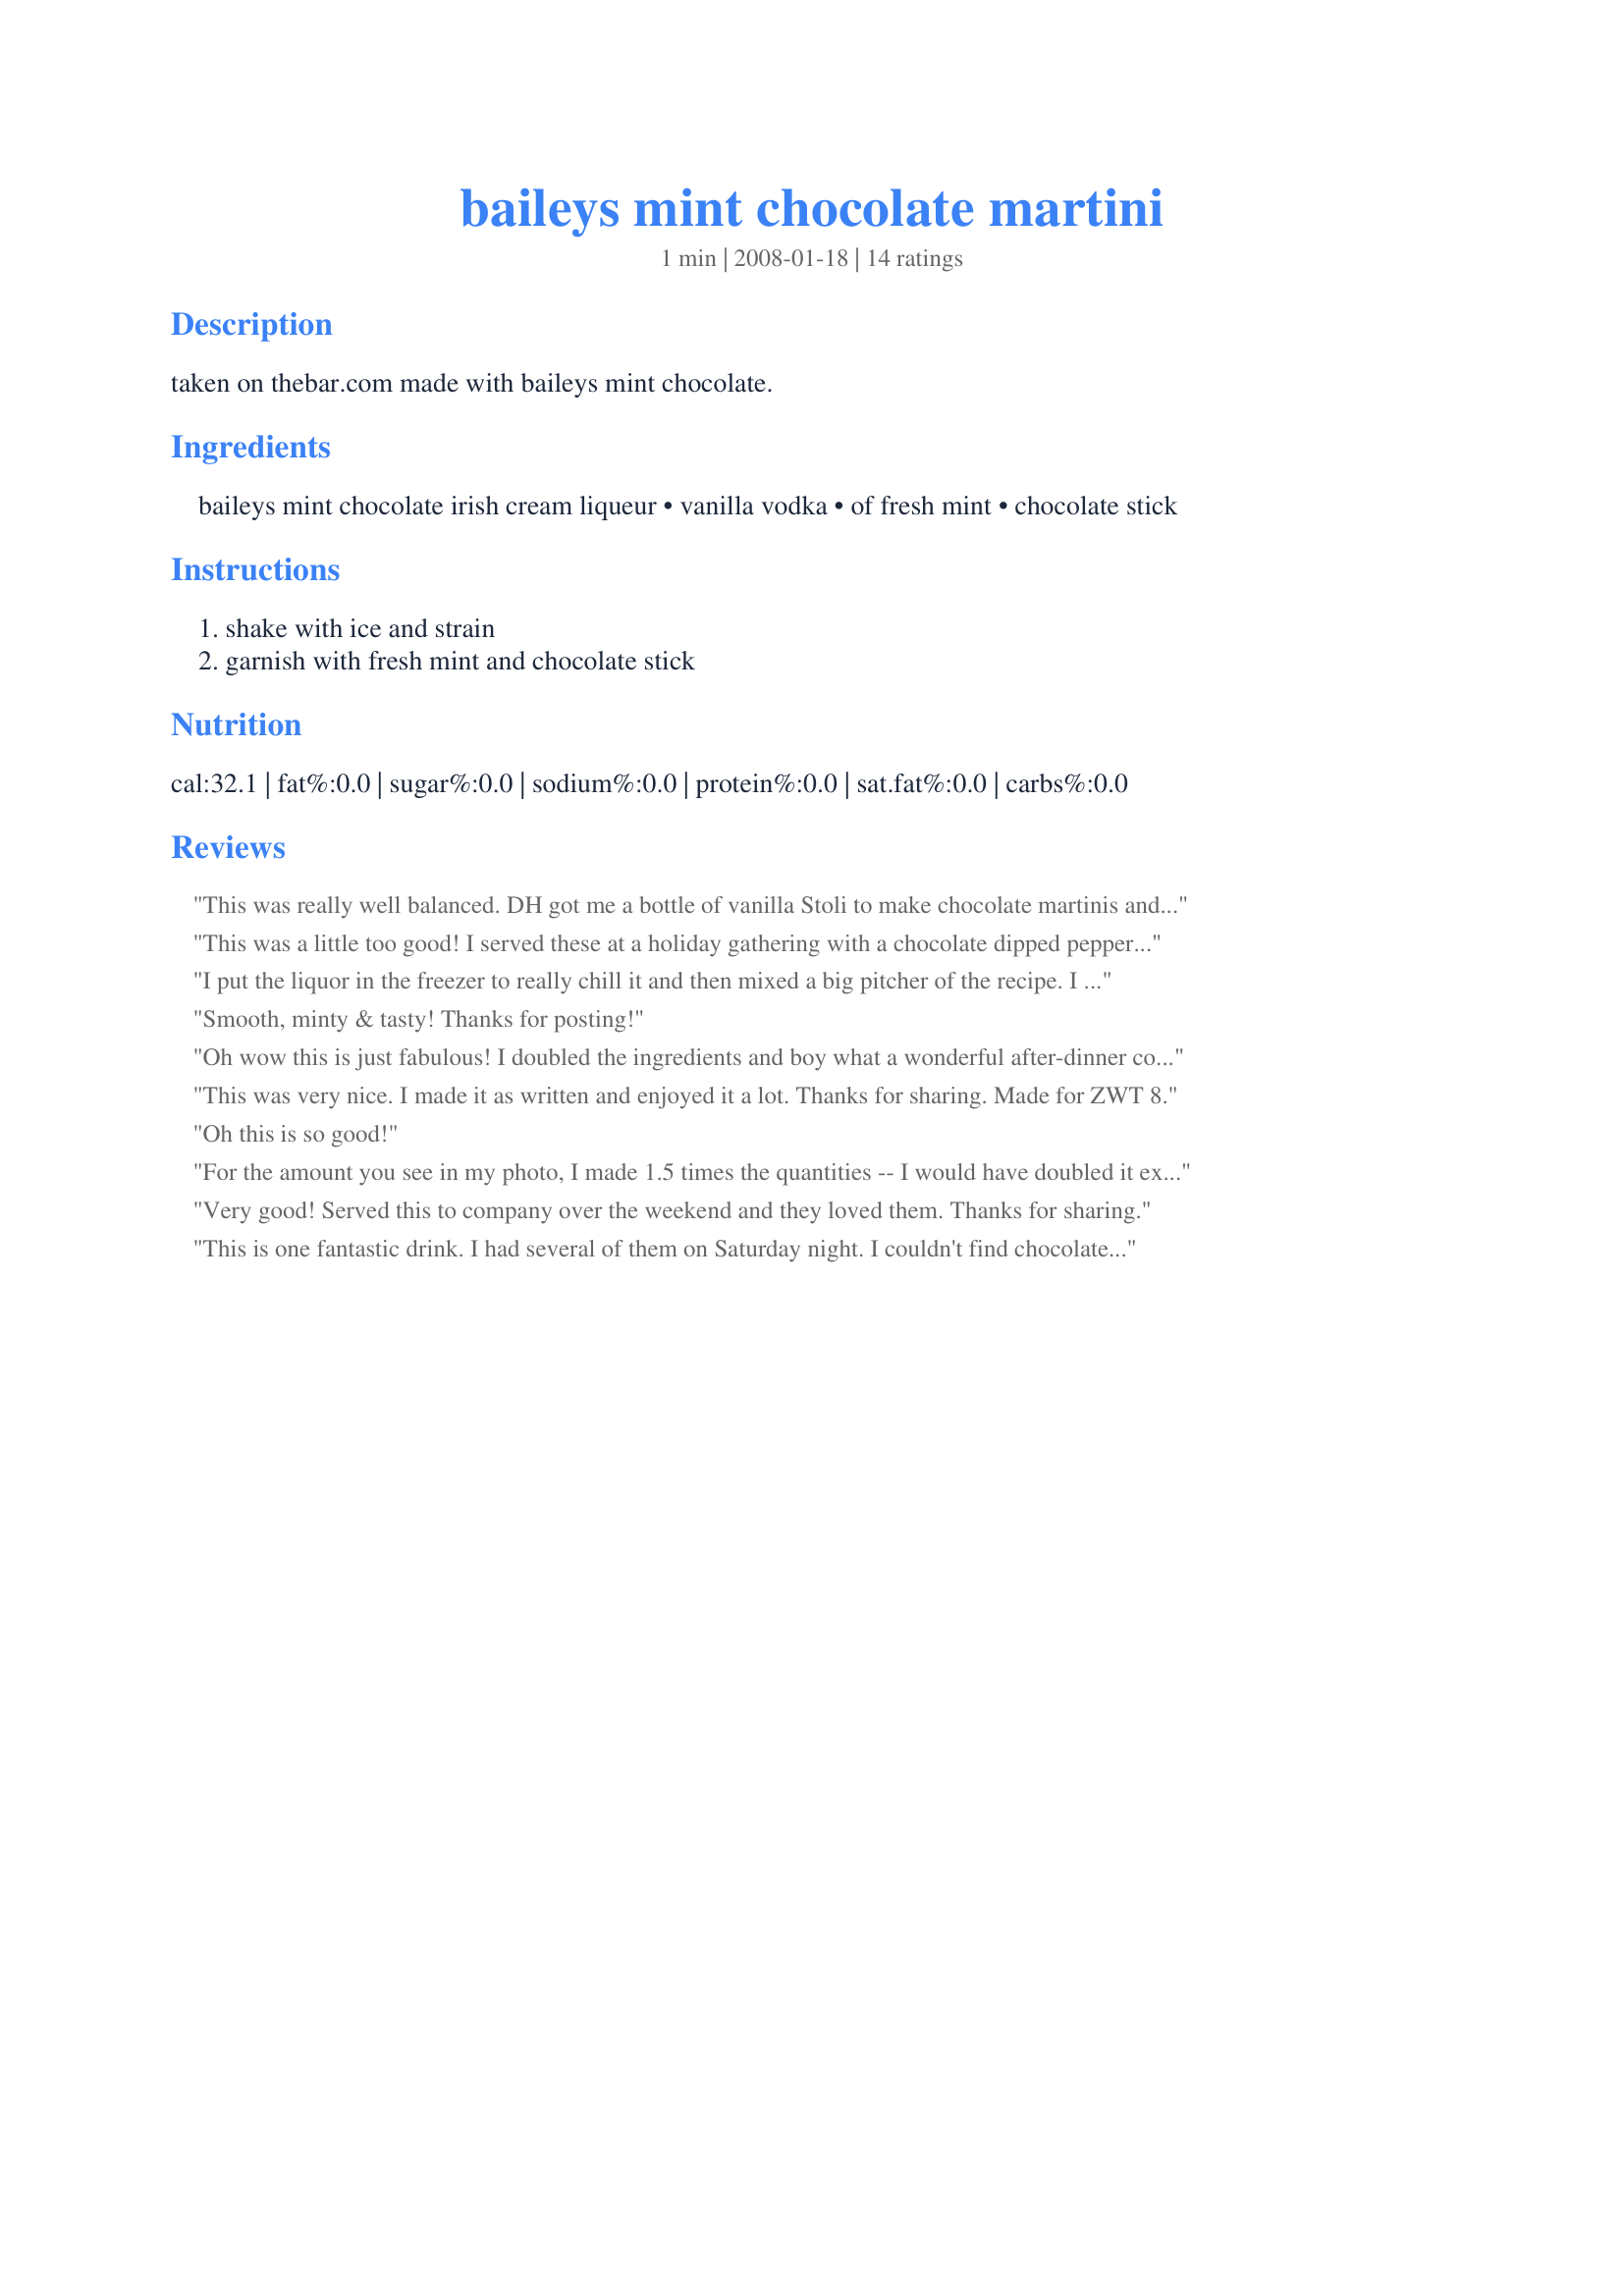
baileys mint chocolate martini
Preparation time: 1 minutes

taken on thebar.com made with baileys mint chocolate.

Ingredients:
baileys mint chocolate irish cream liqueur, vanilla vodka, of fresh mint, chocolate stick

Steps:
shake with ice and strain, garnish with fresh mint and chocolate stick

Reviews:
This was really well balanced. DH got me a bottle of vanilla Stoli to make chocolate martinis and the chocolate liquor I had didn't stand up to it very well, so the Stoli's just been sitting around for forever, but it was really good in this. Will definitely be making this over and over. Thanks for sharing.
This was a little too good! I served these at a holiday gathering with a chocolate dipped peppermint stick. Yummy!
I put the liquor in the freezer to really chill it and then mixed a big pitcher of the recipe. I used those chocolate mint ovation sticks for garnish and offered my guests this martini when they arrived at our party. It was a huge hit with everyone -
Smooth, minty & tasty! Thanks for posting!
Oh wow this is just fabulous! I doubled the ingredients and boy what a wonderful after-dinner cocktail. The creamy mint with the vanilla vodka is just fantastic. Loved this - thanks for sharing!
This was very nice. I made it as written and enjoyed it a lot. Thanks for sharing. Made for ZWT 8.
Oh this is so good!
For the amount you see in my photo, I made 1.5 times the quantities -- I would have doubled it except for the calories! :) Wonderful cocktail before or after dinner. Thanks, Julie B's Hive, for recommending this! Made for Beverage Tag.
Very good! Served this to company over the weekend and they loved them. Thanks for sharing.
This is one fantastic drink. I had several of them on Saturday night. I couldn't find chocolate sticks went to 3 shops so i just put the mint on top. These are so easy to make and drink :) I will be making these often.
I doubled the recipe using Absolut Vanilla and it filled two of our smallest martini glasses. Great dessert martini! Made for 1-2-3 Hit Wonders tag.
I enjoy sipping on a Baileys cocktail anytime. The hint of vanilla was delightful. I did add one ice cube after I tool the picture to help keep it cool as I enjoy it. I made this for Zaar World Tour 8 for the Bistro Babes team.
What's not to love about this martini! Simple and tasty. Sorry about the photo. . .neither the mint nor the chocolate wanted to float!
What's not to love? i love Bailey's Mint Chocolate, and the vanilla vodka gave a subtle vanilla assist. Thanks, Boomette! Made for The Wild Bunch for ZWT8's visit to Britain.
